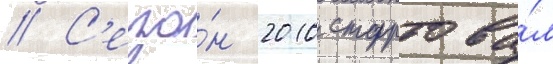
// С'езо́н 2010 стартова́л